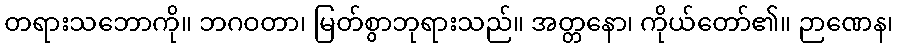
တရားသဘောကို။ ဘဂဝတာ၊ မြတ်စွာဘုရားသည်။ အတ္တနော၊ ကိုယ်တော်၏။ ဉာဏေန၊